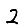
Digit: 2